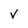
Character: v